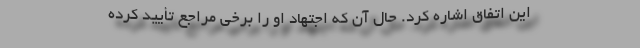
این اتفاق اشاره کرد. حال آن که اجتهاد او را برخی مراجع تأیید کرده